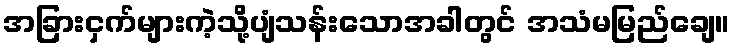
အခြားငှက်များကဲ့သို့ပျံသန်းသောအခါတွင် အသံမမြည်ချေ။